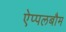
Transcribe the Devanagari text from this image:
ऐप्पलबौम